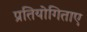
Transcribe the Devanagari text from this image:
प्रतियोगिताए